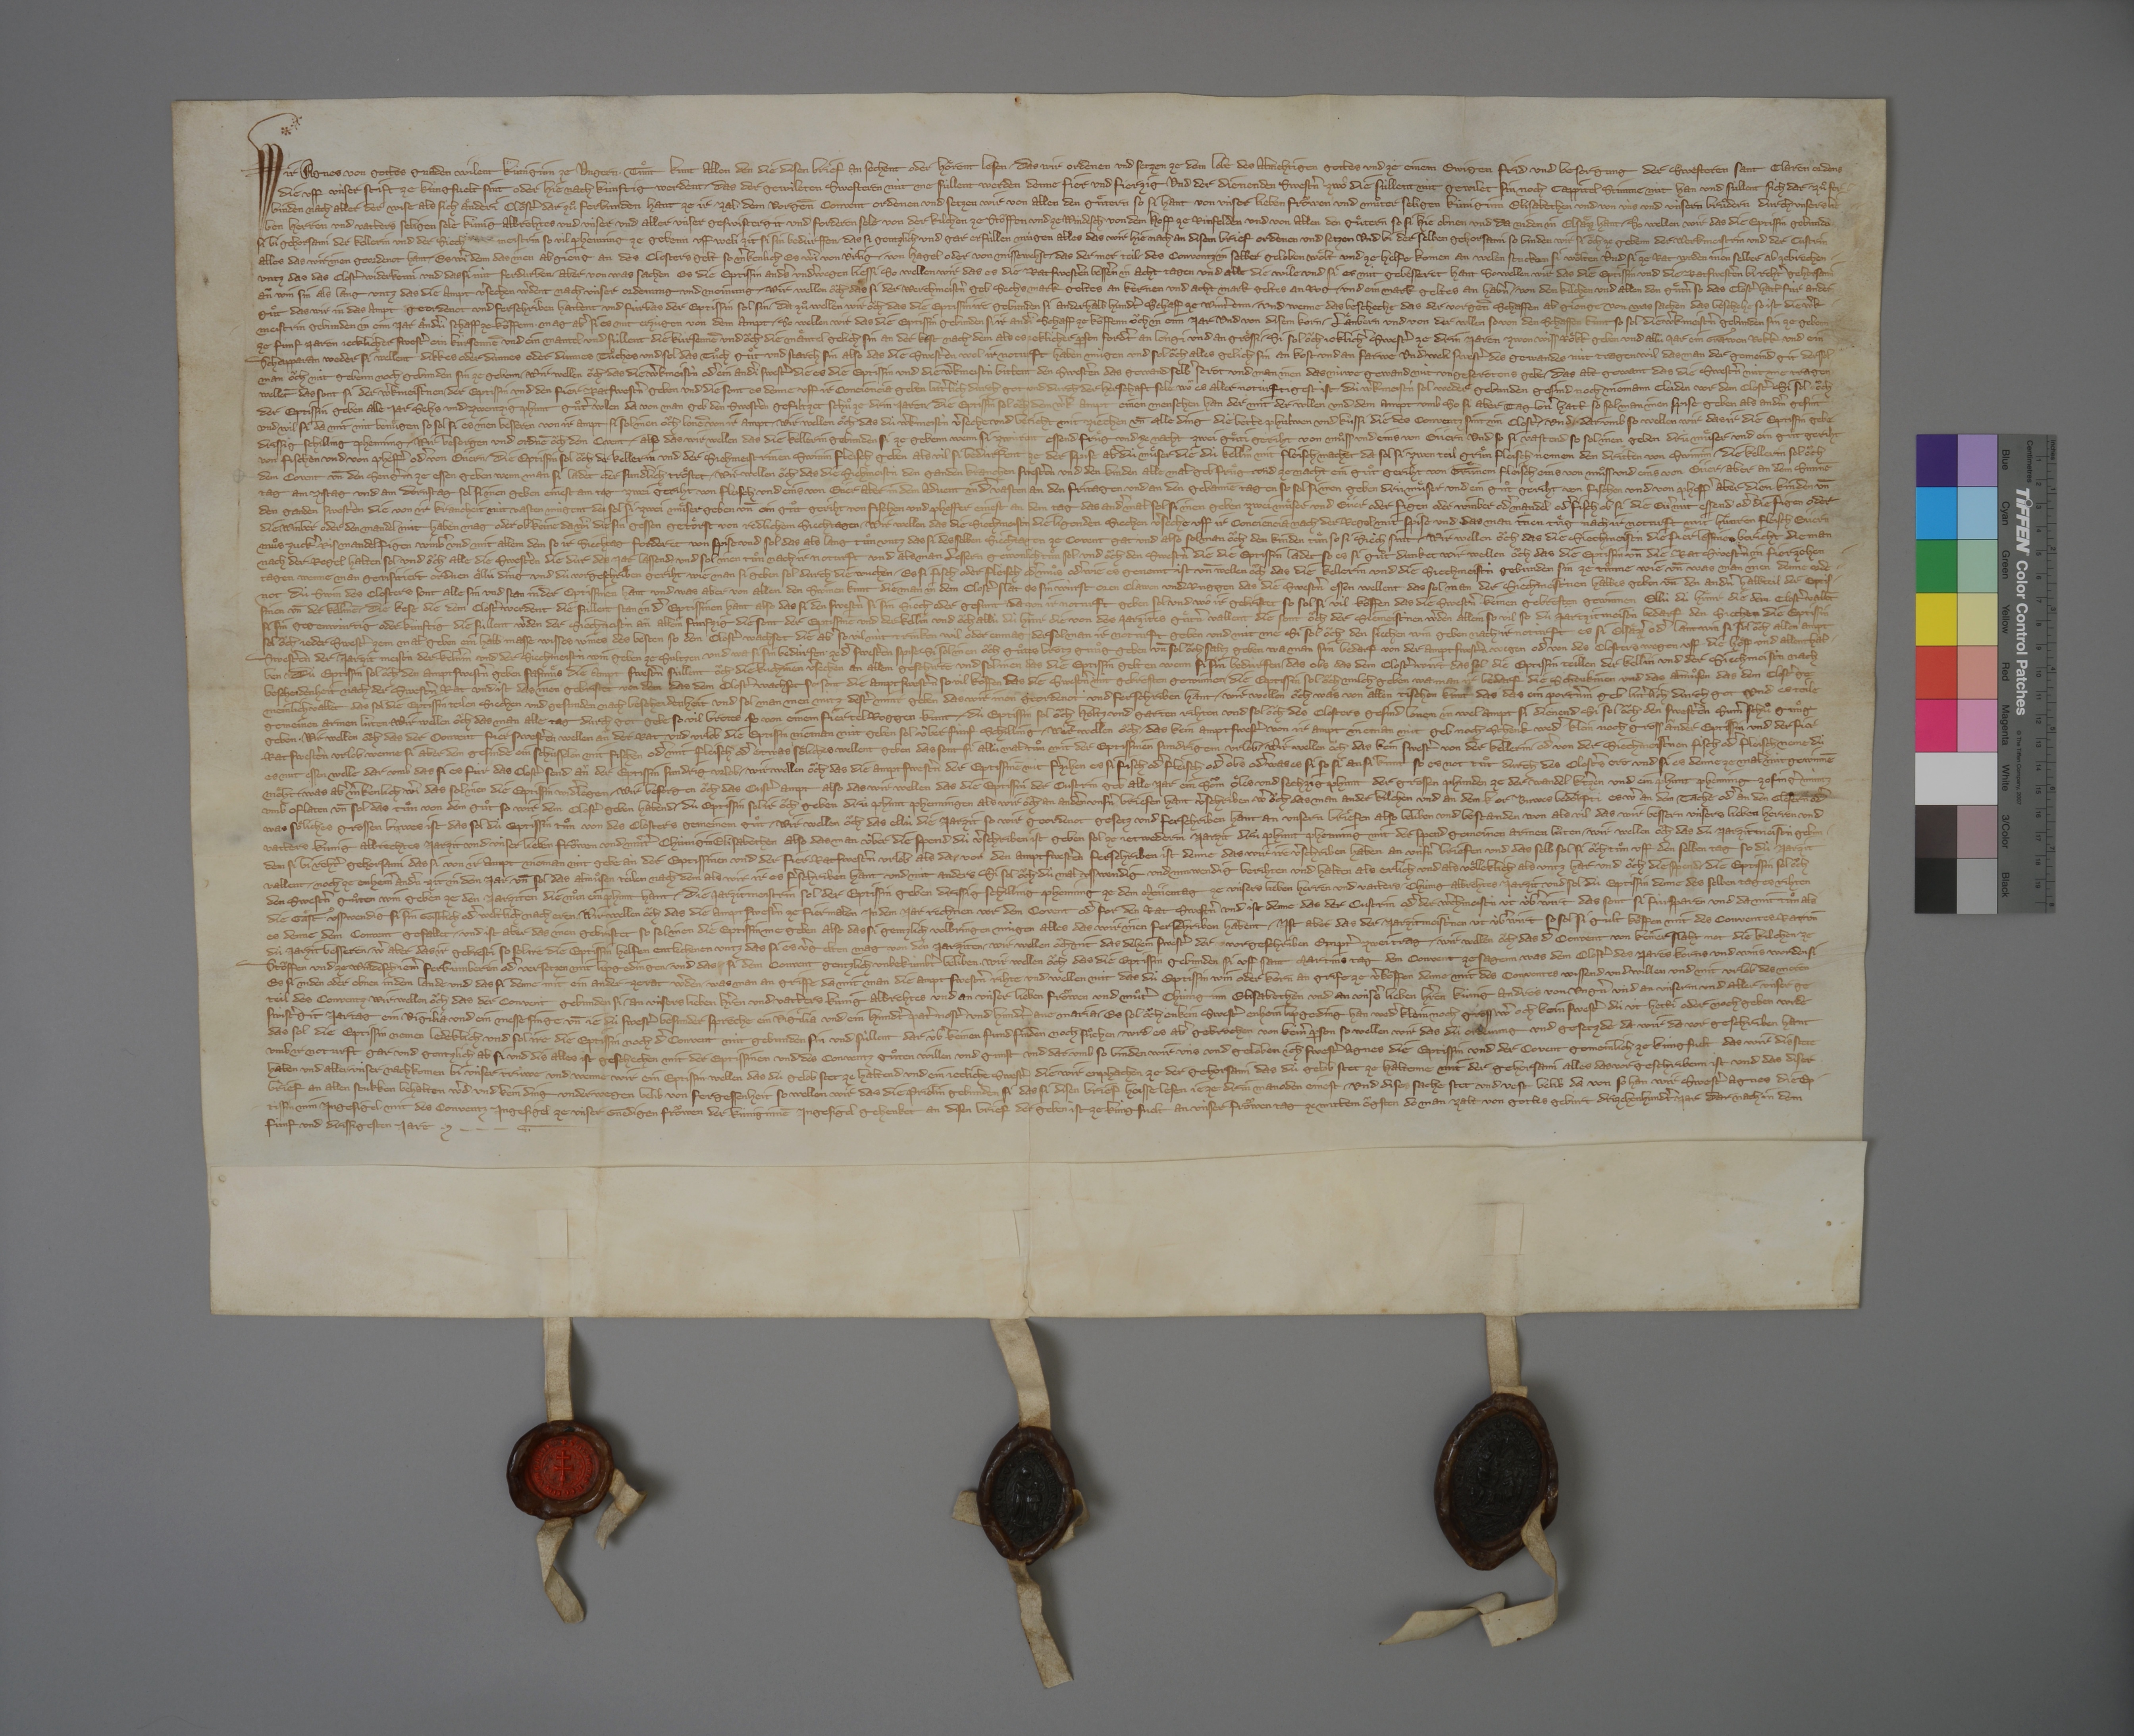
Wir, Agnes, von gottes gnaden wilent kùniginn ze Ungern, ✳ tuͦnt kunt allen den, die disen brief ansechent oder hoͤrent lesen, ✳ das wir ordenen und setzen ze dem lobe des almehtigen gottes und ze einem ewigen frid und besorgung der swesteren Sant Claren ordens,
die uff ùnser stift ze Kùngsvelt sind oder hie nach kùnftig werdent, ✳ das der gewileten swesteren nùt me sùllent werden denne fier und fierzig, und der dienenden swestˀn zwô, die sùllent nùt gewilet sin noch cappitel stimme nùt han, und sùllent sich dar zuͦ fer¬
binden nach aller der wise, als sich aͤnderi cloͤstˀ dar zu ferbunden hant ze ir zal. ✳ dem vorgen̄ convent ordenen und setzen wir von allen den guͤtern, so si hant von ûnser lieben froͤwen und muͦter, seligen, kùniginn Elisabethen, und von ùns und ùnsern bruͤdern durch ùnsers lie¬
ben herren und vatters, seligen, sele, kùnig Albrehtes, und ùnser und aller ùnser geswistergit und und forderen sele, von der kilchen zu Stoͧffen und ze Windesch, von dem hoff ze Rinfelden und von allen den guͤtern, so si hie obnen und da niden in Elsaͤzz hant, ✳ so wellen wir, das die eptissin gebunden
si bi gehorsami, der kellerin und der siech meistrin so vil phenning ze gebenn, uff weli zit si sin bedùrffen, ✳ das si gentzlich und gar erfùllen mùgen alles, das wir hie nach an disem brief ordenen und setzen. und bi der selben gehorsami, so binden wir sy oͧch ze gebenn der werkmeistrin und der custrin
alles, das wir inen geordenot hant, ✳ es wiˀ denn, das inen abgieng an des closters gelt so mˀkenlich, es wiˀ von urlig, ✳ von hagel oder von missewehst, ✳ das der mer teil ✳ des conventz ✳ in selber geloben woͤlt und ze helfe komen, an welen stucken si woͤlten und si ze rat wrden, inen selber ab zebrechen, ✳
untz das das clostˀ widerkemi und das si nùt ferdurben. ✳ aber von was sachen es die eptissin andˀs undˀwegen liessi, so wellen wir, das es die ratswestˀen besseˀn in acht tagen, und alle die wile und si es nùt gebesseret hant, so wellen wir, das die eptissin und die ratswestˀen bi rehtˀ gehorsami
anͧ win sin, als lang, untz das die ampt vˀsechen wˀdent nach ùnser ordenung und meinung. ✳ wir wellen oͧch, das si der werchmeistˀn geb sechs mark geltes an kernen und acht mark geltes an rog ✳ und ein mark geltes an habˀn ✳ von den kilchen und allen den guͤtˀn, so das clostˀ hatt, fùr ander
guͦt, das wir in das ampt geordenot und ferschriben hattent und fùrbas der eptissin sol sin. ✳ da zuͦ wellen wir oͧch, das die eptissin ire gebunden si, anderhalb hundtˀ schaff ze wintˀenn, ✳ und wenne das bescheche, das der vorgen̄ schaffen abgienge, von was sachen das beschehe, so ist die wˀk¬
meistrin gebunden in eim jar aͤndˀù schaff ze koͧffenn. ✳ mag abˀ si es nùt erzùgen von dem ampt, ✳ so wellen wir, das die eptissin gebunden si ir andˀi schaff ze koͧffenn, oͧch in eim jar. und von disem korn, ✳ laͤnbern, und von der wllen, so von den schaffen kunt, so sol die wˀkmeistˀn gebunden sin ze geben
ze fùnf jaren jecklicher swestˀ ein kùrsennē und ein mantel, und sùllent die kùrsennē und oͧch die maͤntel gelich sin an der koͤst nach dem, als es jeklicher ꝓson fordˀt an lengi und und an groͤssi. ✳ si sol oͧch jeklichˀ swestˀ ze drin jaren zwen wissen roͤkk geben und allù jar ein grawen rokk und ein
schapparan, weder si wellent dikkes oder dùnnes oder dùnnes tuͦches, und sol das tuͦch guͦt und starch sin, also das die swestˀen wol ir noturft haben mùgen und sol oͧch alles gelich sin an kost und an farwe. und weli swestˀ des gewandes nùt tragen wil, das man der gemeind git, der sol
man oͧch nùt gebenn noch gebunden sin ze gebenn. ✳ wir wellen oͧch, das die wˀkmeistʼn odˀ ein andˀi swestˀ, die es die esptissin und die wˀkmeistʼn bittent, den swestˀen das gewand selbˀ scrot und man inen das nùwe gewand nùt ungescrotens gebe. ✳ das alt gewant, das die swestˀn nùt me tragen
wellēt, das sont si der wˀkmeistˀnen, ✳ der eptissin und den fier ratswestˀn geben, und die sont es denne uff ir conciencia geben lutˀlich durch got und durch der herschaft sele, won es aller notùrftigest ist. ✳ di wˀkmeistʼn sol weder gebunden gessind noch niemann cleiden vor dem clostˀ. si sol ooͧch
der eptissin geben alle jar sehs und zwentzig phunt guͦtˀ wllen, da von man geb den swestˀen gefiltzet schuͦ ze drin jaren. ✳ die eptissin sol oͧch dem wˀk ampt einen menschen han, der mit der wllen und dem ampt umb gang. so si aber tag lonˀ hatt, so sol man inen spise geben als andˀm gesint,
und wil si da mit nùt benuͤgen, so sol si es inen besseren von ir ampt. si sol inen oͧch lonē von ir ampt. ✳ wir wellen oͦch, das dù wˀkmeistʼn vˀseche und bericht mit ziechen un̄ alle ding die bette, phulwen und kuͦssi, die des conventz sint im clostˀ, ✳ und darumb, so wellen wir, das ir die eptissin gebe
drissig schilling phenning. ✳ wir besorgen und ordnē oͧch dem covent ✳ also, das wir wellen, das die kellerin gebunden si ze gebenn, wenn si zwùrent essend, fruͤg und ze nacht zwei guͤti geriht von muͦss und eins von eiiern. und so si vastend, so sol inen geben drù muͤser und ein guͦt geriht
von fischen und von pheffˀ odˀ von eiiern. ✳ die eptissin sol oͧch der kellerin und der siehmeistrinen swinin fleisch geben, als vil si bedùrfent ze der spise, abˀ dù muͤser, die dù kellˀin mit fleisch machet, da sol si zwen teil gruͤn fleisch nemen, den dritten von swinim. ✳ die kellerin sol oͧch
dem covent un̄ den sengˀin ze essen geben, wenn man si ladet oder sundˀlich troͤstet. ✳ wir wellen oͧch, das die siehmeistri den ganden kranchen swestˀen und den kinden alle mal geb fruͤg und ze nacht ein guͦt gericht von gruͤnem fleisch, eins von muͦss und eins von eiier. ✳ aber an dem sunne-
tag, am zistag und am dornstag sol si inen geben einest am tag zwei geriht von fleisch und eins von eiier. aber in dem advent, in dˀ vasten, an den fritagen und an den gebannē tagen, so sol si inen geben drù muͤser und ein guͦt geriht von fischen und von pheffˀ. aber dien kinden un̄
den ganden swestˀen, die von ir krancheit nùt vasten mùgent, den sol si zwei muͤser geben un̄ ein guͦt geriht von fischen und pheffer einest an dem tag, das andˀ mal sol si inen geben zwei muͤser und eiier oder figen oder winber odˀ mandel odˀ fisch, ob si die eiiˀ nùt essend odˀ die figen oder
die winber oder den mandel nût haben mag, oder ob keine da wˀi die sin gessen getoͤrst von redlichem siechtagen. ✳ wir wellen, das die siechmeistʼn die ligenden siechen vˀseche uff ir conciencia nach der regel mit spise und das man inen tuͤg nach ir nottuft mit huͤnren, fleisch, eiiern,
muͦs, zuckˀ, ris, mandel, figen, winbˀ und mit allem dem, so ir siechtag forderet von spise, und sol das als lang tuͦn, untz das si desselben siechtagen ze covent gat, und also sol man oͧch den kinden tuͤn, so si siech sint. ✳ wir wellen oͧch, das die siechmeistʼn die vier lessinen bericht, die man
nach der regel halten sol, und oͧch alle die swestˀen, die dur das jar lassend, und sol inen tuͦn nach ir noturft und als man lessern gewonlich tuͦn sol, und oͧch den swestˀn, die die eptissin ladet, so es si guͦt dunket. wir wellen oͧch, das die eptissin un̄ die ratswestˀn in fierzehen
tagen, wenne man gevisitiert, ordnen allù ding und dù vorgeschriben geriht, wie man si geben sol durch die wuchen, ✳ es si fisch oder fleisch odˀ muͦs odˀ wie es genemt ist, un̄ wellen oͧch, das die kellerin und die siechmeistʼn gebunden sin ze tuͦnne, wie un̄ was man inen denne orde¬
not. dù swin des closters sont alle sin und stan in der eptissinen hant, und was aber von allen den swinen kunt, die man in dem clostˀ slat, es sin wùrst, oren, clawen und ruggen, das die swestˀn essen wellent, das sol man der siechmeistʼnen halbes geben un̄ den andˀn halbteil der eptis¬
sinen un̄ der kellˀinē. ✳ die kese, die dem clostˀ werdent, die sùllent stan in dˀ eptissinen hant, also das si den swestˀn, si sin siech oder gesunt, da von ir noturft geben sol, und wô ir gebristet, so sol si vil koͧffen, das die swestˀn keinen gebresten gewinnen. ellù dù huͤnr, die dem clostˀ vallēt,
si sin gegenwùrtig oder kùnftig, die sùllent wˀden der siechmeistʼn, anͧ allein fùnfzig, die sont der eptissinē und der kellˀin, und oͧch allù dù huͤnr, die von des jarzites guͤtˀn vallent, die sont oͧch der siemeistʼnen wˀden, allein so vil, so dù jartzitmeistri bedarf den siechen. die eptissin
sol oͧch jeder swestˀ zem mal geben ein halb masse wisses wines, des besten, so dem clostˀ wachset. die abˀ so vil nùt trinken wil oder enmag, der sol man ir noturft geben und nùt me. si sol oͧch den siechen win geben nach ir noturft, es si Elsaͤzzˀ odˀ lantwin. si sol oͧch allen ampt
swestˀen, der jarzit meistʼn, der kelnˀin und der siechmeistʼn win geben ze sultzen und wa si sin bedùrfen ze dˀ swestˀen spise. si sol inen ouch guͦtes brotz gnuͦg geben un̄ sol oͧch saltz geben, wa man sin bedarf, von der amptswestˀn wegen odˀ von des closters wegen uff die hoͤff und allenthal¬
ben. ✳ dù eptissin sol oͧch den amptswestˀn geben fasmuͦs. die ampt swestˀn sùllent oͧch die kuchinen vˀsechen an allem geschirre, und sol inen das die eptissin gelten, wenn si sin bedùrfen. ✳ das obs, das dem clostˀ wirt, das sol die eptissin teillen der kellˀin und der siechmeistʼn nach
bescheidenheit nach der swestˀn rat. und ist, das inen gebristet von dem, das dem clostˀ wachset, so sont die amptswestˀn so vil koͧffen, das die swestˀn nùt gebresten gewinnen. ✳ die eptissin sol oͧch milch geben, wa man ir bedarf. die schenkinen und das almuͦsen, das dem clostˀ ge¬
meinlich vallet, das sol die eptissin teilen siechen und gesunden nach bescheidenheit, und sol man inen nùtz destˀ minr geben, das wir inen geordenot und ferschrieben hant. ✳ wir wellen oͧch, was von allen tischen kunt, das das ein portnˀin geb lutˀlich durch got und es teile
gemeinen armen lùten. wir wellen oͧch, das man alle tag durch got gebe so vil brotes, so von einem fiertel roggen kunt. ✳ dù eptissin sol oͧch holtz und garten rihten und sol oͧch des closters gesind lonen, in wel ampt si dienend. si sol oͧch den swestˀen sumˀ schuͦ gnuͦg
geben. ✳ wir wellen oͧch, das der convent fier swestˀen wellen, anͧ der rat und urlob die eptissin nieman nùt geben sol ùber fùnf schilling. wir wellen oͧch, ✳ das kein amptswestˀ von ir ampt nieman nùt geb noch schenk, wedˀ klein noch gross, aͧn der eptissin und der fier
rat swestˀen urlob. wenne si aber dem gesinde ein schusselen mit fischen odˀ mit fleisch odˀ etwas soͤliches wellent geben, das sont si allù mal tuͦn mit der eptissinen sundrigem urlob. ✳ wir wellen oͧch, das kein swestˀ von der kellerin ✳ odˀ von der siechmeistˀnen fisch odˀ fleisch neme, dù
es nut essen welle, dar umb das si es fùr das clostˀ send, anͧ der eptissin sundrig urlob. ✳ wir wellen oͧch, das die amptswestˀn der eptissinē nùt fˀzihen, es si fisch odˀ fleisch odˀ obs odˀ was es si, so si an si kunt, so es not tuͦt durch des clostˀs ere und si es denne ze mal nùt gewinnē
moͤht. ✳ was abˀ mˀkenlich wiˀ, das sol inen die eptissin widˀlegen. ✳ wir besorgen oͧch das custˀ ampt also, das wir wellen, das die eptissin der custrin geb alle jar ein soͧm oͤles und sechzig phunt der grossen phunden ze der wandel kˀtzen und ein phunt phenning Zofingˀ mùntz
umb oflaten, un̄ sol das tuͤn von dem guͦt, so wir dem clostˀ geben habend. ✳ dù eptissin sol ir oͧch geben drù phunt phenningen, als wir oͧch an andˀen unsˀn briefen hant vˀschriben. wˀ oͧch, das man an der kilchen und an dem kor buwes bedoͤrfti, es wˀ an dem tache odˀ an den glesern odˀ
was soͤliches grossen buwes ist, das sol dù eptissin tuͦn von den closters gemeinem guͦt. ✳ wir wellen oͧch, das ellù die jarzit, so wir geordenot, gesetz und ferschriben hant an unsern briefen, also beliben und bestanden, won als vil, das wir bessern ùnsers lieben herren und
vatters, kunig Albrechtes, jarzit und ùnser lieben froͧwen und muͤtˀ, chùnigin Elisabethen, also das man ùber die spend, dù vˀschriben ist, geben sol ze jetwederm jarzit drù phunt phenning mit der spend gemeinen armen lùten. ✳ wir wellen oͧch, das dù jarzitmeistʼn gebun¬
den si bi rehtˀ gehorsami, das si von ir ampt nieman nùt gebe àn der eptissinen und der fier ratswestˀn urlob, als das vor den amptswestˀn ferschriben ist, denne das wir ire vˀschriben haben an ùnsˀn briefen, und das selb sol si oͧch tuͦn uff den selben tag, so dù jarzit
vallent, ✳ noch ze enhein andˀn zit in dem jar, un̄ sol das almuͦsen teilen nach dem, als wir ir es fˀschriben hant und nùt anders. si sol oͧch dù mal usswendig und innwendig berihten und halten als erlich und als voͤlleklich als untz har und oͧch die spend. ✳ die eptissin sol oͧch
den swestˀn guͦten win geben ze den jarziten, die nuͦn ein phunt hant. ✳ die jarzitmeistrin sol der eptissin geben drissig schilling phenning ze dem meiientag ze ùnsers lieben herren und vatters, ✳ chùnig Albrehtes, jarzit, und sol dù eptissin denne des selben tages rihten
die gaͤst usswendig, si sin geistlich odˀ weltlich, nach eren. ✳ wir wellen oͧch, das die amptswestˀn ze fier malen in dem jar rechnen vor dem covent odˀ for den rat swestˀn. und ist denne, das der custrin odˀ der wˀchmeistʼn ùt ùbˀ wirt, das sont si fùrsparen und damit tuͦn, als
es denne dem convent gefallet. ✳ und ist aber, das inen gebristet, so sol inen die eptissin me geben, also das si gentzlich volbringen mùgen alles, das wir inen ferschriben habent. ✳ ist aber, das der jarzitmeistʼnen ùt ùbˀ wirt, so sol si gult koͧffen mit des conventes rat ✳ un̄
dù jarzit besseren. wˀ aber, das ir gebresti, so sol ire die eptissin helfen entlechenen, untz das si es vˀgelten mag von den jarziten. ✳ wir wellen oͧch nit, das dehein swestˀ der uvorgeschriben emptˀ zwei trag. ✳ wir wellen oͧch, das dˀ convent von keiner slaht not die kilchen ze
Stoͧffen und ze Windesch jemˀ ferkùmberen odˀ versetzen mit lipgedingen ✳ und das s si den convent gentzlich unbekùmbˀt beliben. ✳ wir wellen oͧch, das die eptissin gebunden si, uff sant Martins tag dem convent ze sagenn, was dem clostˀ des jares korns und wins worden si,
es si niden oder obnen in dem lande, und das si denne mit ein ander ze rat wˀden, ✳ was man an griffe, da mit man die ampt swestˀn rihte, und wellen nùt, das dù eptissin win oder korn an grife ze vˀkoͧffen denne mit des conventes wissend und willen und mit urlob des meren
teil des conventz. wir wellen oͧch, das der convent gebunden si, ✳ an ùnsers lieben hˀren und vatters, kùnig Albrehtes, und an ùnser lieben froͧwen und muͦtˀ, chùniginn Elisabethen, und an ùnsˀs lieben hˀren, kùnig Andres von Ungˀn, und an ùnserm und aller ùnser ge¬
swistˀgit jartag ein vigilia und ein messe singe, un̄ jedù swestˀ besunder spreche ein vigilia und ein hundˀt patˀ nostˀ und hundˀt ave Maria. ✳ es sol oͧch enkein swestˀ enhein lipgeding han, wedˀ klein noch gross. wˀ och kein swestˀ dù ùt hetti oder noch geben wrde,
das sol die eptissin nemen ledeklich und sol ire die eptissin noch dˀ convent nùt gebunden sin und sùllent dar ùbˀ keinen fund finden noch suͦchen. wrd es abˀ gebrochen von keinˀ ꝓson, so wellen wir, das dù ordenùng und gesetzde, da wir da vor geschriben hant,
umb ir noturft gar und gentzlich ab si. und dis alles ist geschechen mit der eptissinen und des conventz guͦten willen und gunst, und darumb, so binden wir ùns und geloben ich, swestˀ Agnes, die eptissin, und der covent gemeinlich ze Kùngsvelt, das wir dis stete
haben und aller ùnser nachkomen bi ùnser trùwe, und wenne wir ein eptissin wellen, das dù gelob stet ze haltend, und ein jecliche swestˀ, die wir enpfachen ze der gehorsami, das dù gelob stet ze haltenne mit der gehorsami alles, das vorgeschribenn ist. und das diser
brief an allen stuckken behalten wˀd und kein ding underwegen belib von fergessenheit, so wellen wir, das die priolin gebunden si, das si disen brief heisse lesen je ze drin manoden einest. ✳ und dises sache stet und vest belib da von, so han wir, swestˀ Agnes, die ep¬
tissin, min ingesigel ✳ mit des conventz ingesigel ze ùnser gnedigen froͧwen, der kùniginnē, ingesigel gehenket an disen brief, der geben ist ze Kùngsvelt an ùnser froͧwen tag ze mittem oͧgsten, do man zalt von gottes gebùrt drizehenhundˀt jar, dar nach in dem
fùnf und drissigesten jare. ✳